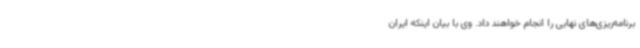
برنامه‌ریزی‌های نهایی را انجام خواهند داد. وی با بیان اینکه ایران